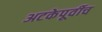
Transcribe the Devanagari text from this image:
अटकेपूर्वीच